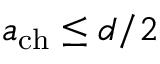
a _ { \mathrm { c h } } \leq d / 2